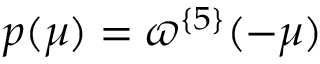
p ( \mu ) = \varpi ^ { \{ 5 \} } ( - \mu )